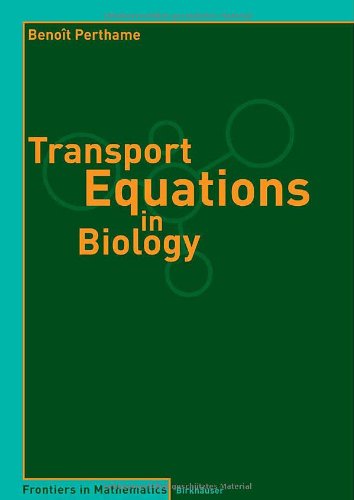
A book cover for Transport Equations in Biology (Frontiers in Mathematics); BenoÃ®t Perthame; Science & Math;